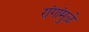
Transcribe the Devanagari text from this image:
रांगांमुळे